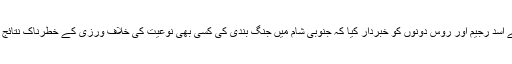
امریکی حکومت نے اسد رجیم اور روس دونوں کو خبردار کیا کہ جنوبی شام میں جنگ بندی کی کسی بھی نوعیت کی خلاف ورزی کے خطرناک نتائج برآمد ہوسکتے ہیں۔